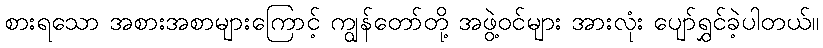
စားရသော အစားအစာများကြောင့် ကျွန်တော်တို့ အဖွဲ့ဝင်များ အားလုံး ပျော်ရွှင်ခဲ့ပါတယ်။